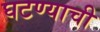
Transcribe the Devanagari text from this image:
घटण्याची